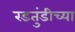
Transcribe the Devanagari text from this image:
रडतुंडीच्या